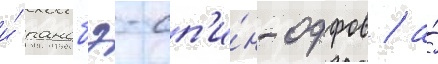
и́ ранобэ-сп'и́н-оффов / а́